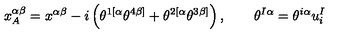
x _ { A } ^ { \alpha \beta } = x ^ { \alpha \beta } - i \left( \theta ^ { 1 [ \alpha } \theta ^ { 4 \beta ] } + \theta ^ { 2 [ \alpha } \theta ^ { 3 \beta ] } \right) , \qquad \theta ^ { I \alpha } = \theta ^ { i \alpha } u _ { i } ^ { I }